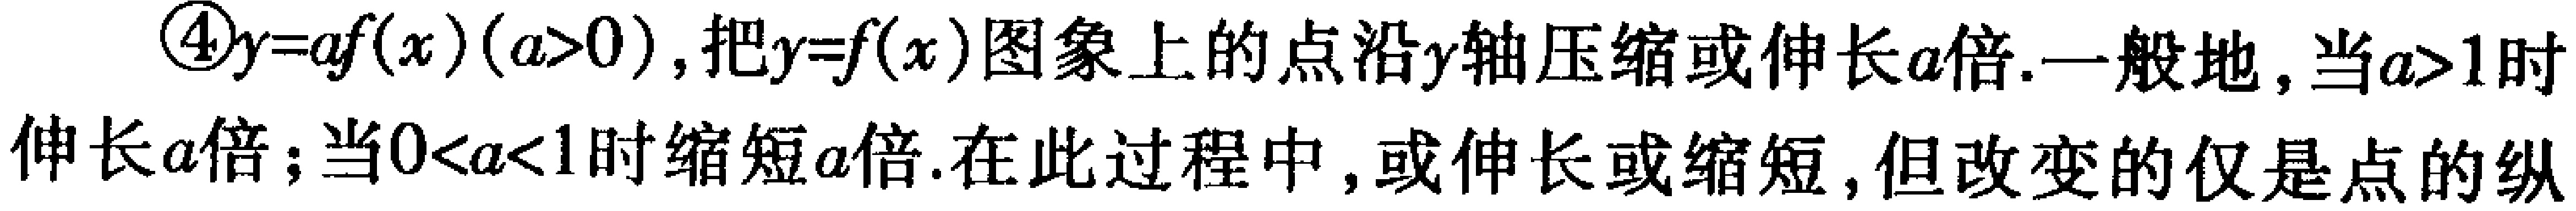
\textcircled{4}$y = af(x)(a > 0)$，把$y = f(x)$图象上的点沿$y$轴压缩或伸长$a$倍.一般地，当$a>1$时伸长$a$倍；当$0 < a < 1$时缩短$a$倍.在此过程中，或伸长或缩短，但改变的仅是点的纵